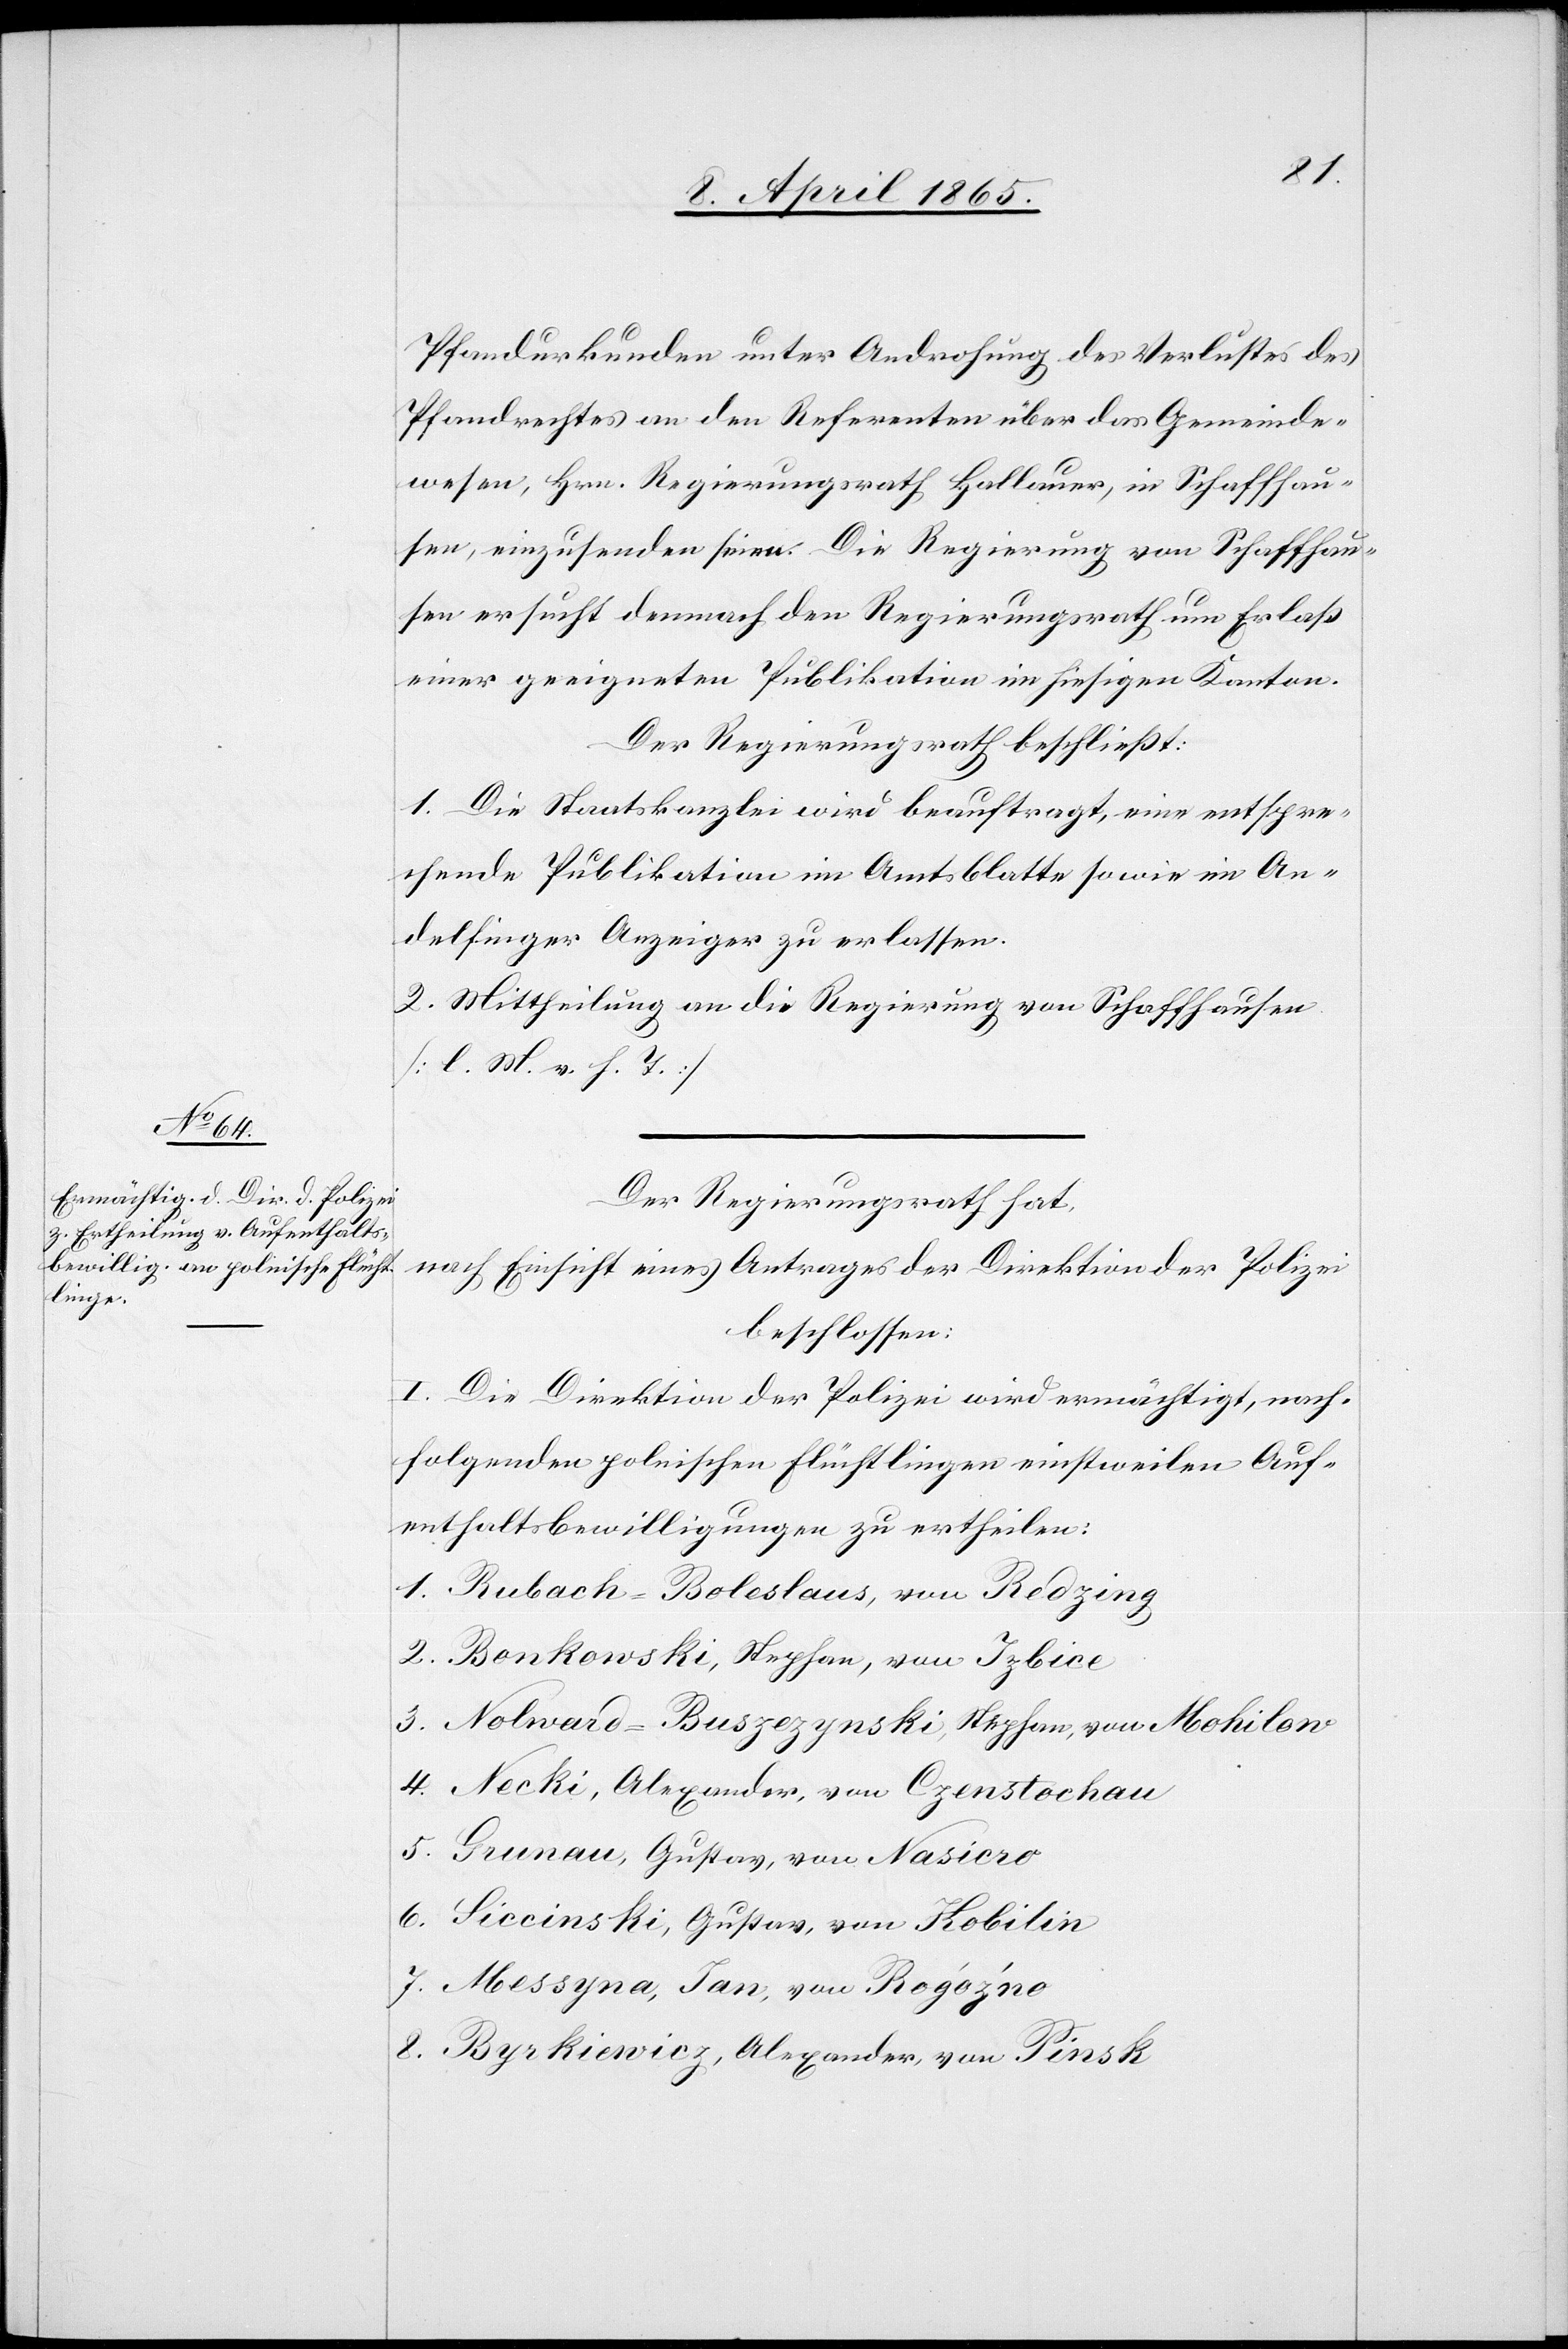
Pfandurkunden unter Androhung des Verlustes des
Pfandrechtes an den Referenten über das Gemeinde¬
wesen, Hrn. Regierungsrath Hallauer, in Schaffhau¬
sen, einzusenden seien. Die Regierung von Schaffhau¬
sen ersucht demnach den Regierungsrath um Erlaß
einer geeigneten Publikation im hiesigen Kanton.
Der Regierungsrath beschließt:
1. Die Staatskanzlei wird beauftragt, eine entspre¬
chende Publikation im Amtsblatte sowie im An¬
delfinger Anzeiger zu erlassen.
2. Mittheilung an die Regierung von Schaffhausen
[l. M. v. h. T.]
Der Regierungsrath hat,
nach Einsicht eines Antrages der Direktion der Polizei
beschlossen:
I. Die Direktion der Polizei wird ermächtigt, nach¬
folgenden polnischen Flüchtlingen einstweilen Auf¬
enthaltsbewilligungen zu ertheilen:
1. Rubach-Boleslaus, von Redzing
2. Benkowski, Stephan, von Izbice
3. Nolward-Buszezynski, Stephan, von Mohilow
4. Necki, Alexander, von Czenstochau
5. Grunau, Gustav, von Nasicro
6. Siccinski, Gustav, von Kobilin
7. Messyna, Jan, von Rogóznó
8. Byrkiewicz, Alexander, von Pinsk